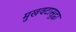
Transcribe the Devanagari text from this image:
मुखवटासुद्धा